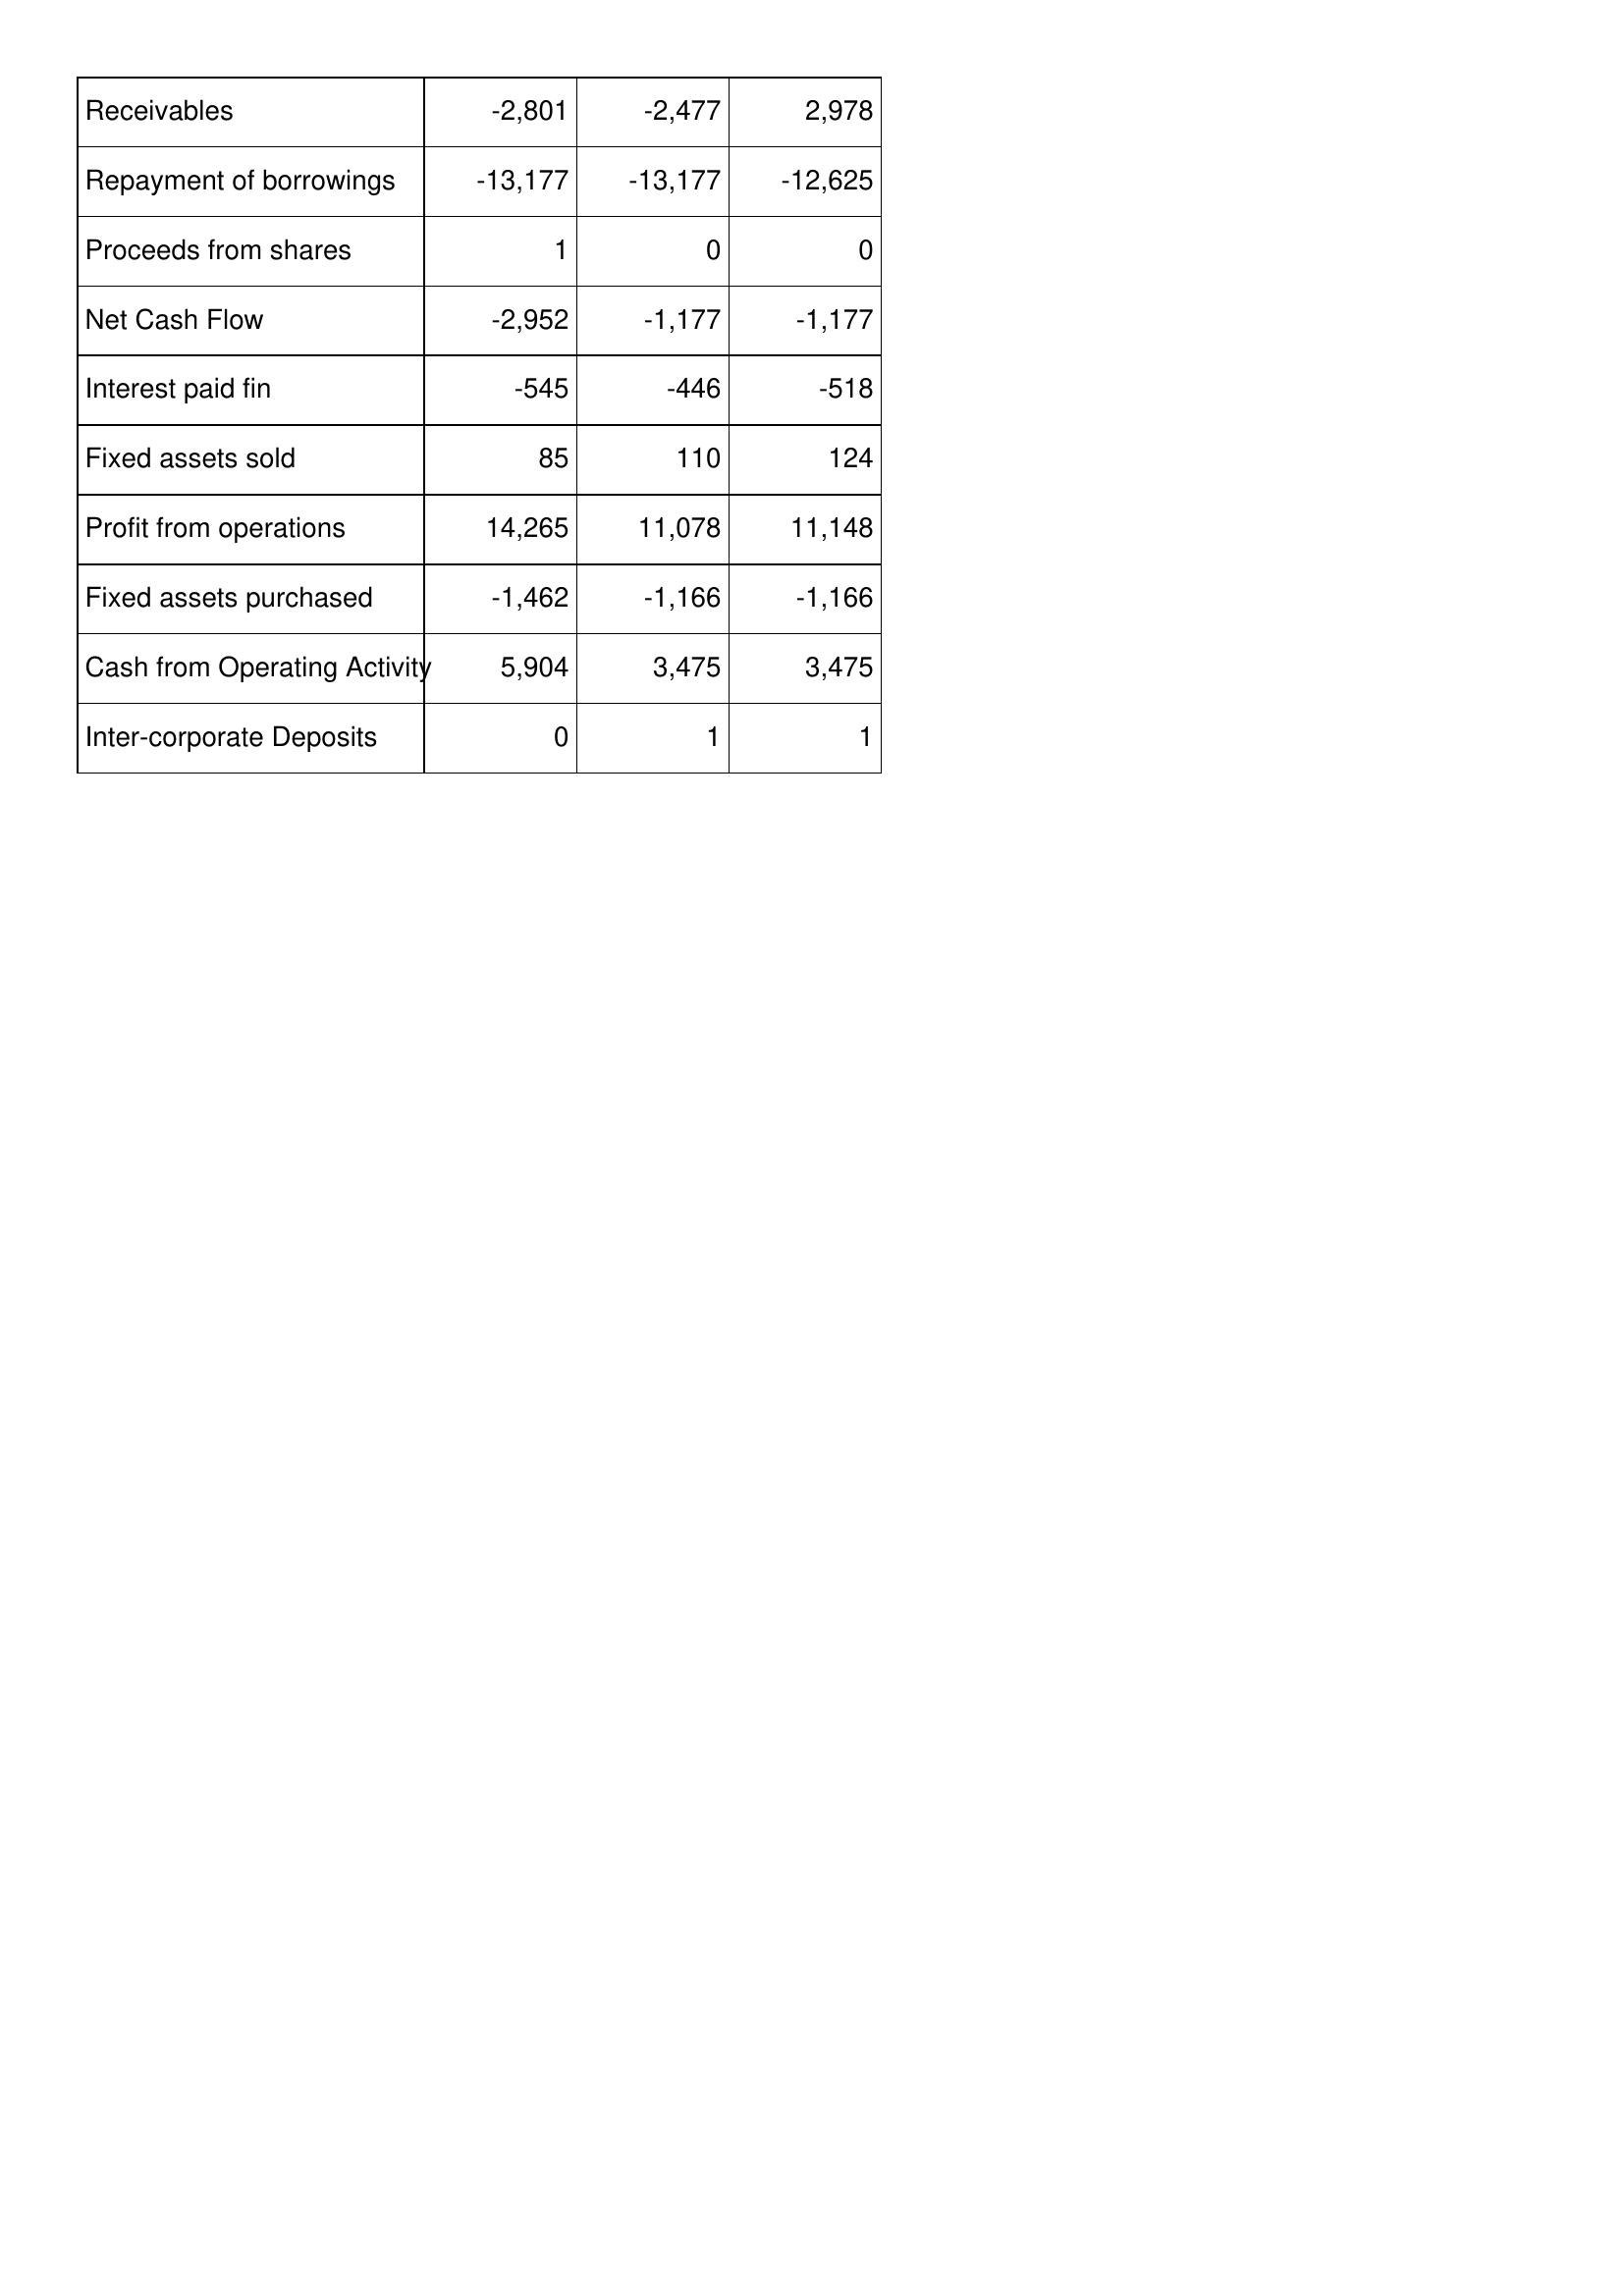
Apr-10: Cash Flows: Receivables: -2,801
Repayment of borrowings: -13,177
Proceeds from shares: 1
Net Cash Flow: -2,952
Interest paid fin: -545
Fixed assets sold: 85
Profit from operations: 14,265
Fixed assets purchased: -1,462
Cash from Operating Activity: 5,904
Inter-corporate Deposits: 0
Apr-09: Cash Flows: Receivables: -2,477
Repayment of borrowings: -13,177
Proceeds from shares: 0
Net Cash Flow: -1,177
Interest paid fin: -446
Fixed assets sold: 110
Profit from operations: 11,078
Fixed assets purchased: -1,166
Cash from Operating Activity: 3,475
Inter-corporate Deposits: 1
Apr-08: Cash Flows: Receivables: 2,978
Repayment of borrowings: -12,625
Proceeds from shares: 0
Net Cash Flow: -1,177
Interest paid fin: -518
Fixed assets sold: 124
Profit from operations: 11,148
Fixed assets purchased: -1,166
Cash from Operating Activity: 3,475
Inter-corporate Deposits: 1